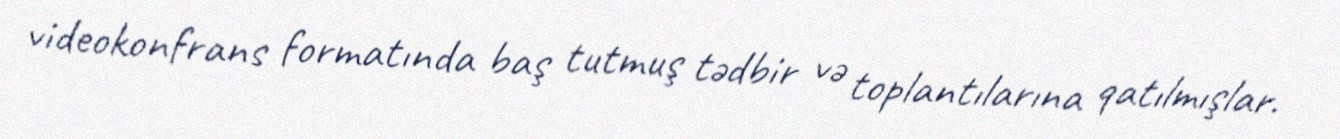
videokonfrans formatında baş tutmuş tədbir və toplantılarına qatılmışlar.